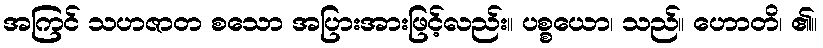
အကြင် သဟဇာတ စသော အပြားအားဖြင့်လည်း။ ပစ္စယော၊ သည်။ ဟောတိ၊ ၏။